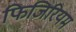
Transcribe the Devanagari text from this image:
फिजिरियम